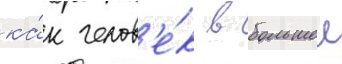
ка́к челов'е́к в большеи